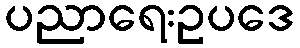
ပညာရေးဥပဒေ